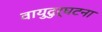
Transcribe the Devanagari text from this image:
वायुदुर्घटना